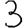
Digit: 3